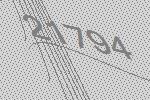
21794